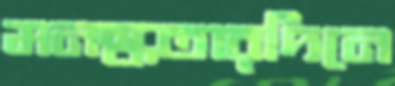
মনস্কতারদিনে